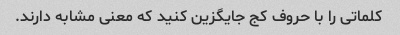
کلماتی را با حروف کج جایگزین کنید که معنی مشابه دارند.